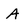
Character: A